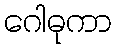
ဂေါဓုကာ